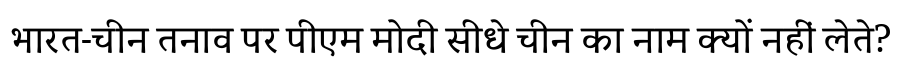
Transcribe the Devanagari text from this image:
भारत-चीन तनाव पर पीएम मोदी सीधे चीन का नाम क्यों नहीं लेते?